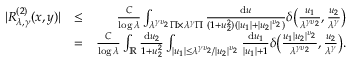
\begin{array} { r l r } { | R _ { \lambda , \gamma } ^ { ( 2 ) } ( \boldsymbol { x } , \boldsymbol { y } ) | } & { \le } & { \frac { C } { \log \lambda } \int _ { \lambda ^ { \gamma \upsilon _ { 2 } } \Pi \times \lambda ^ { \gamma } \Pi } \frac { \mathrm d \boldsymbol { u } } { ( 1 + u _ { 2 } ^ { 2 } ) ( | u _ { 1 } | + | u _ { 2 } | ^ { \upsilon _ { 2 } } ) } \delta \big ( \frac { u _ { 1 } } { \lambda ^ { \gamma \upsilon _ { 2 } } } , \frac { u _ { 2 } } { \lambda ^ { \gamma } } \big ) } \\ & { = } & { \frac { C } { \log \lambda } \int _ { \mathbb { R } } \frac { \mathrm d u _ { 2 } } { 1 + u _ { 2 } ^ { 2 } } \int _ { | u _ { 1 } | \le \lambda ^ { \gamma \upsilon _ { 2 } } / | u _ { 2 } | ^ { \upsilon _ { 2 } } } \frac { \mathrm d u _ { 1 } } { | u _ { 1 } | + 1 } \delta \big ( \frac { u _ { 1 } | u _ { 2 } | ^ { \upsilon _ { 2 } } } { \lambda ^ { \gamma \upsilon _ { 2 } } } , \frac { u _ { 2 } } { \lambda ^ { \gamma } } \big ) . } \end{array}